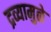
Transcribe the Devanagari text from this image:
द्रव्यामुळे